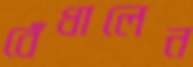
বেঁধালেন